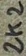
Text: 2K2